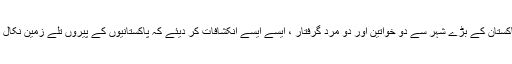
‘ پاکستان کے بڑے شہر سے دو خواتین اور دو مرد گرفتار ، ایسے ایسے انکشافات کر دیئے کہ پاکستانیوں کے پیروں تلے زمین نکال دی